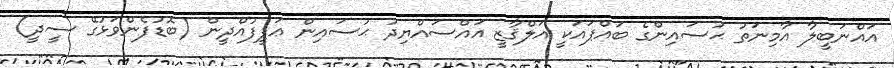
އައްނަބީލާ އާމިނަތު ޙުސައިންގެ ބައްޕައަކީ އަލްޤާޒީ އައްސައްޔިދު ޙުސައިން ޢަފީފުއްދީން (ބޮޑުފެންވަޅުގޭ ސީދީ)